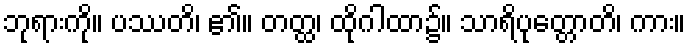
ဘုရားကို။ ပဿတိ၊ ၏။ တတ္ထ၊ ထိုဂါထာ၌။ သာရိပုတ္တောတိ၊ ကား။